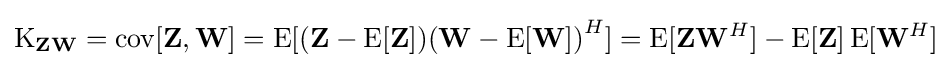
\operatorname {K} _{\mathbf {Z} \mathbf {W} }=\operatorname {cov} [\mathbf {Z} ,\mathbf {W} ]=\operatorname {E} [(\mathbf {Z} -\operatorname {E} [\mathbf {Z} ]){(\mathbf {W} -\operatorname {E} [\mathbf {W} ])}^{H}]=\operatorname {E} [\mathbf {Z} \mathbf {W} ^{H}]-\operatorname {E} [\mathbf {Z} ]\operatorname {E} [\mathbf {W} ^{H}]